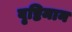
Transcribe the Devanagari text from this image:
वृष्टिमान